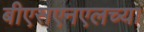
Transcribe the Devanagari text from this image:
बीएसएनएलच्या